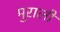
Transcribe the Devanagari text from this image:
मुराली